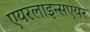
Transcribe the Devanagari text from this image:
एयरलाइन्सएयर